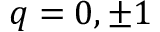
q = 0 , \pm 1